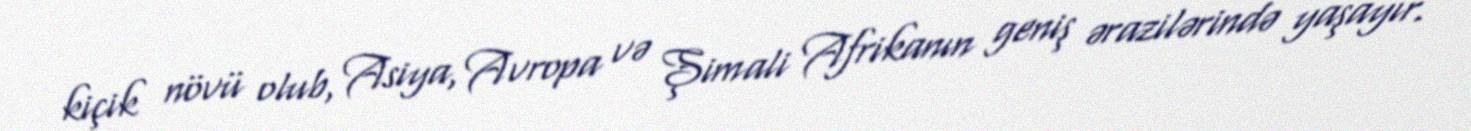
kiçik növü olub, Asiya, Avropa və Şimali Afrikanın geniş ərazilərində yaşayır.